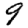
Digit: 9